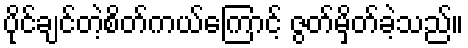
ပိုင်ချင်တဲ့စိတ်ကယ်ကြောင့် ဇွတ်မှိတ်ခဲ့သည်။